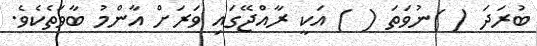
ބުރަދަ ( )ނުވަތަ ( ) އަކީ ރާއްޖޭގައި ވަރަށް އާންމު ބާވަތެކެވެ.